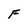
Character: F